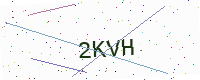
Text: 2KVH